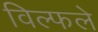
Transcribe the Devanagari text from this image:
विल्फले